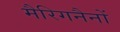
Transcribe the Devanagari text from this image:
मैरिगनैनों